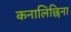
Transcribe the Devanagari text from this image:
कनालिछिना